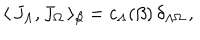
LaTeX: \langle \, { J } _ { \Lambda } , { J } _ { \Omega } \, \rangle _ { \beta } = c _ { \Lambda } ( \beta ) \, \delta _ { \Lambda \Omega } \, ,